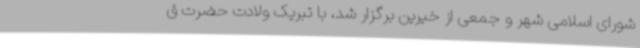
شورای اسلامی شهر و جمعی از خیرین برگزار شد، با تبریک ولادت حضرت ق